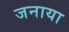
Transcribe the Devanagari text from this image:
जनाया